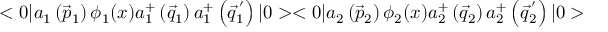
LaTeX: < 0 | a _ { 1 } \left( \vec { p } _ { 1 } \right) { \phi } _ { 1 } ( x ) a _ { 1 } ^ { + } \left( \vec { q } _ { 1 } \right) a _ { 1 } ^ { + } \left( \vec { q } _ { 1 } ^ { \, ^ { \prime } } \right) | 0 > < 0 | a _ { 2 } \left( \vec { p } _ { 2 } \right) { \phi } _ { 2 } ( x ) a _ { 2 } ^ { + } \left( \vec { q } _ { 2 } \right) a _ { 2 } ^ { + } \left( \vec { q } _ { 2 } ^ { \, ^ { \prime } } \right) | 0 >